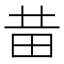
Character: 𤰻